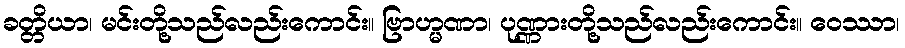
ခတ္တိယာ၊ မင်းတို့သည်လည်းကောင်း။ ဗြာဟ္မဏာ၊ ပုဏ္ဏားတို့သည်လည်းကောင်း။ ဝေဿာ၊